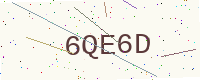
Text: 6QE6D